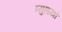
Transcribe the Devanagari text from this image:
व्युहामधे